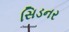
સિડનર